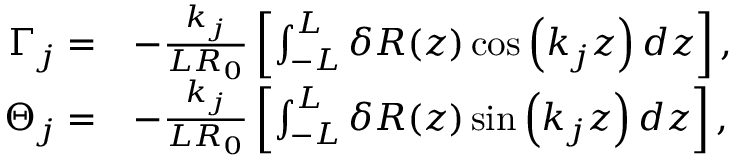
\begin{array} { r l } { \Gamma _ { j } = } & { - \frac { k _ { j } } { L R _ { 0 } } \left[ \int _ { - L } ^ { L } \delta R ( z ) \cos \left( k _ { j } z \right) d z \right] , } \\ { \Theta _ { j } = } & { - \frac { k _ { j } } { L R _ { 0 } } \left[ \int _ { - L } ^ { L } \delta R ( z ) \sin \left( k _ { j } z \right) d z \right] , } \end{array}